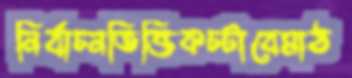
নির্বাচনভিত্তিকচটাবেমাঠ